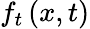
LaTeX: f_{t}\left(x,t\right)